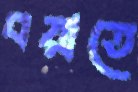
বয়াতে